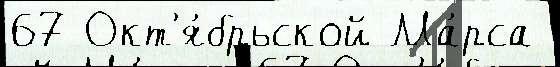
67 Окт'я́брьской Ма́рса